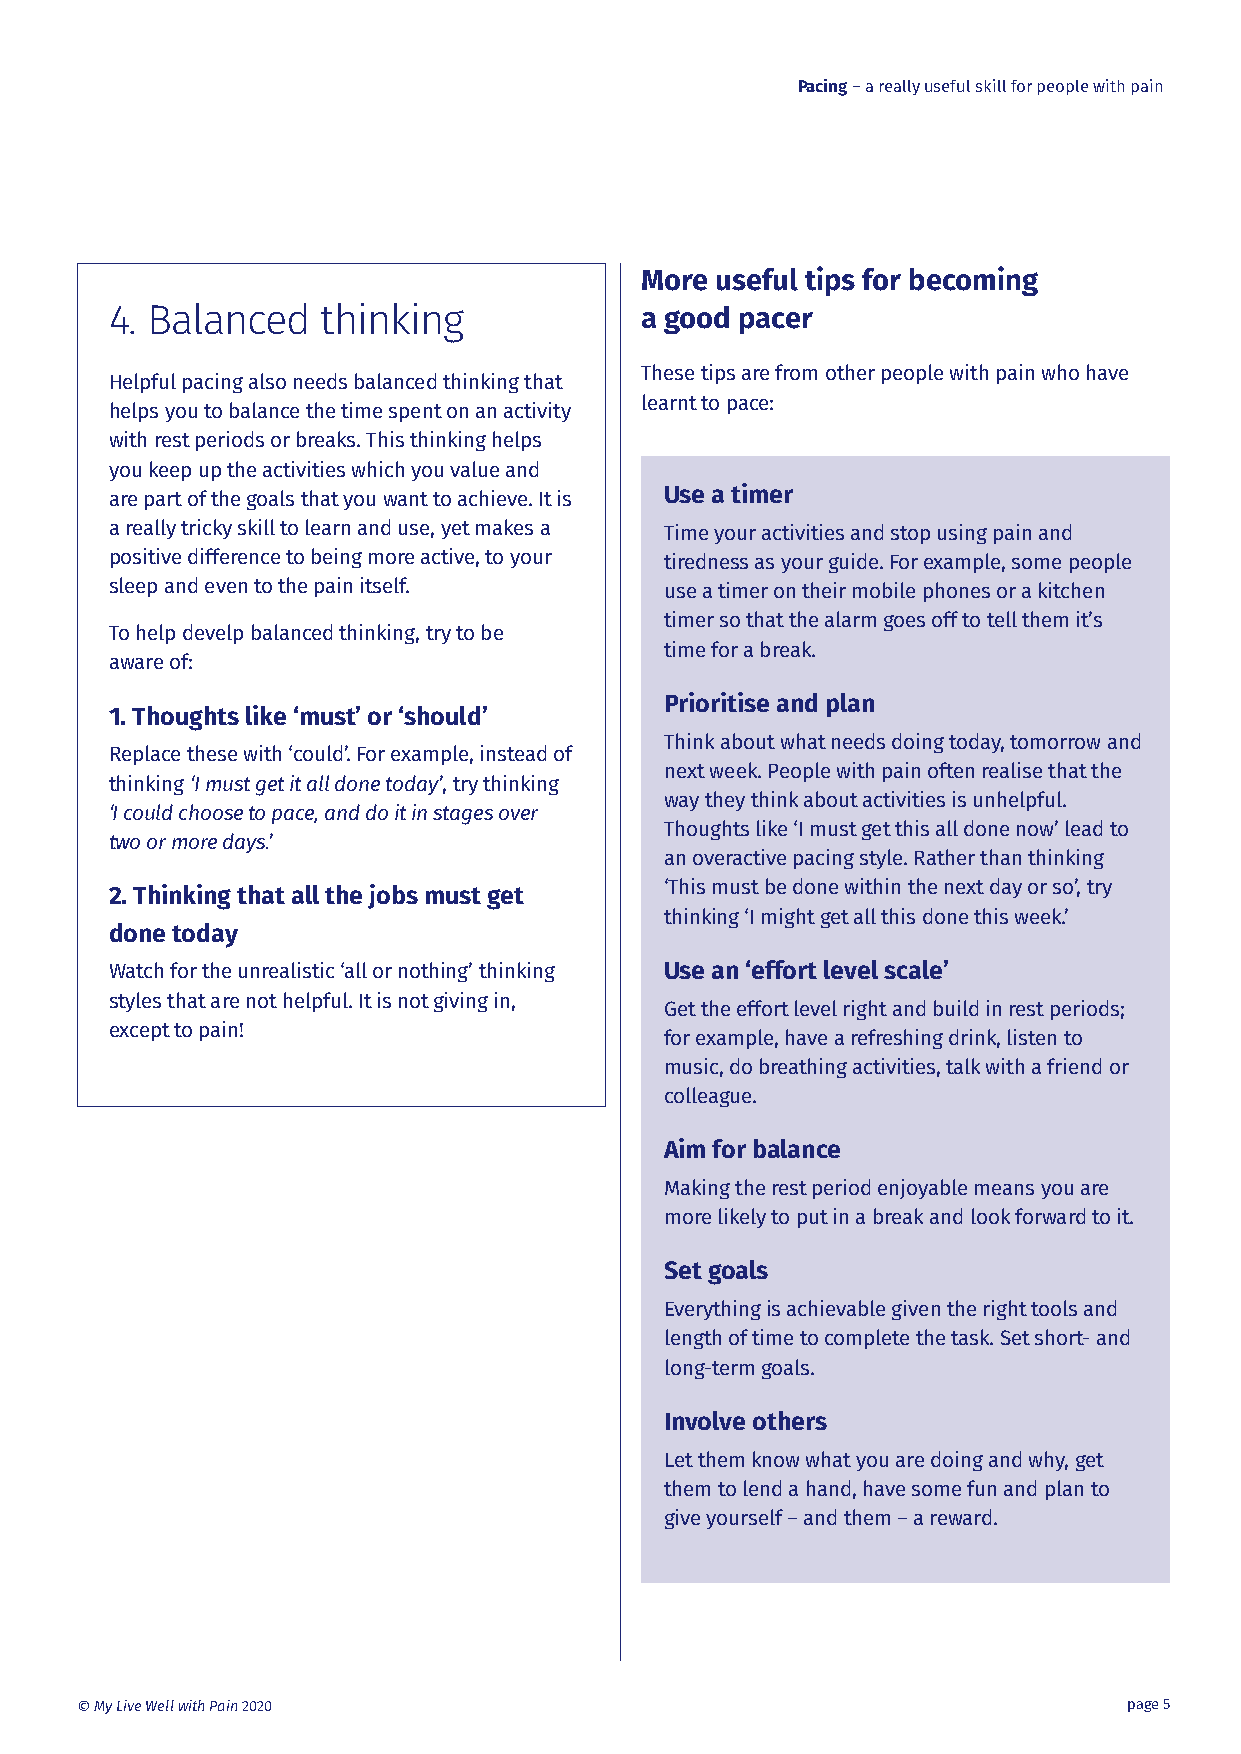
Pacing – a really useful skill for people with pain
 More useful tips for becoming
 4. Balanced   thinking             a good pacer
 These tips are from other people with pain who have
 Helpful pacing also needs balanced thinking that
 learnt to pace:
 helps you to balance the time spent on an activity
 with rest periods or breaks. This thinking helps
 you keep up the activities which you value and
 are part of the goals that you want to achieve. It is Use a timer
 a really tricky skill to learn and use, yet makes a Time your activities and stop using pain and
 positive difference to being more active, to your tiredness as your guide. For example, some people
 sleep and even to the pain itself.   use a timer on their mobile phones or a kitchen
 timer so that the alarm goes off to tell them it’s
 To help develp balanced thinking, try to be
 time for a break.
 aware of:
 Prioritise and plan
 1. Thoughts like ‘must’ or ‘should’
 Think about what needs doing today, tomorrow and
 Replace these with ‘could’. For example, instead of
 next week. People with pain often realise that the
 thinking ‘I must get it all done today’, try thinking
 way they think about activities is unhelpful.
 ‘I could choose to pace, and do it in stages over
 Thoughts like ‘I must get this all done now’ lead to
 two or more days.’
 an overactive pacing style. Rather than thinking
 ‘This must be done within the next day or so’, try
 2. Thinking that all the jobs must get
 thinking ‘I might get all this done this week.’
 done today
 Watch for the unrealistic ‘all or nothing’ thinking Use an ‘effort level scale’
 styles that are not helpful. It is not giving in,
 Get the effort level right and build in rest periods;
 except to pain!
 for example, have a refreshing drink, listen to
 music, do breathing activities, talk with a friend or
 colleague.
 Aim for balance
 Making the rest period enjoyable means you are
 more likely to put in a break and look forward to it.
 Set goals
 Everything is achievable given the right tools and
 length of time to complete the task. Set short- and
 long-term goals.
 Involve others
 Let them know what you are doing and why, get
 them to lend a hand, have some fun and plan to
 give yourself – and them – a reward.
 © My Live Well with Pain 2020                                         page 5